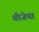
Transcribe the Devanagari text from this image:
वीजेचा